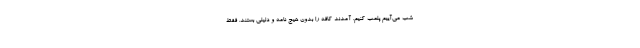
شب می‌آییم پلمب کنیم. آمدند کافه را بدون هیچ نامه و دلیلی بستند. فقط